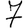
Digit: 7